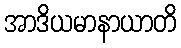
အာဒိယမာနာယာတိ